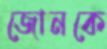
জোনকে